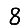
Digit: 8